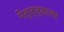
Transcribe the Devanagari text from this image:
नेतृत्त्वाला